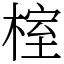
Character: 榁